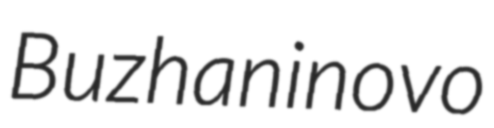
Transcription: Buzhaninovo